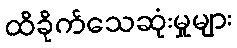
ထိခိုက်သေဆုံးမှုများ